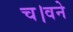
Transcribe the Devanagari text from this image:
च।वने